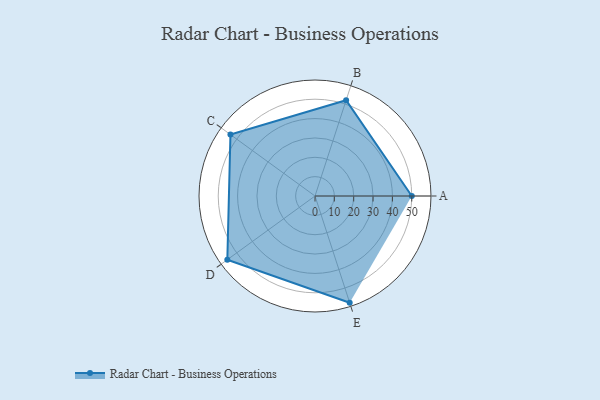
{"axis": {"x": "Skill", "y": "Score"}, "legend": ["Profile"], "data": [{"x": "A", "y": 50.0, "type": "Profile"}, {"x": "B", "y": 52.0, "type": "Profile"}, {"x": "C", "y": 54.0, "type": "Profile"}, {"x": "D", "y": 56.0, "type": "Profile"}, {"x": "E", "y": 58.0, "type": "Profile"}]}